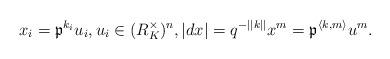
LaTeX: \begin{align*}x_i=\mathfrak{p}^{k_i}u_i, u_i\in(R_{K}^\times)^{n}, |dx|=q^{-||k||} x^m=\mathfrak{p}^{\langle k,m\rangle}u^m.\end{align*}